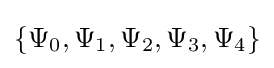
\{\Psi _{0},\Psi _{1},\Psi _{2},\Psi _{3},\Psi _{4}\}